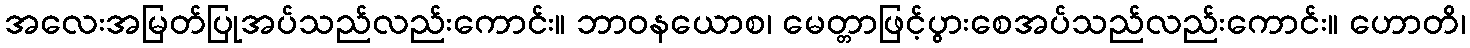
အလေးအမြတ်ပြုအပ်သည်လည်းကောင်း။ ဘာဝနယောစ၊ မေတ္တာဖြင့်ပွားစေအပ်သည်လည်းကောင်း။ ဟောတိ၊